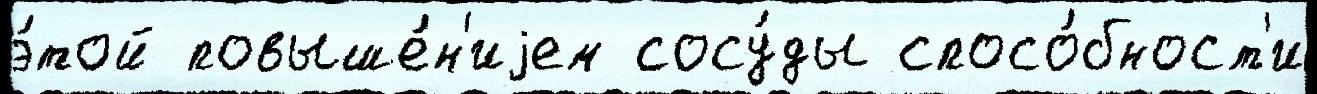
э́той повыше́н'иjем сосу́ды спосо́бност'и